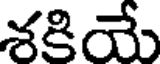
శకియే